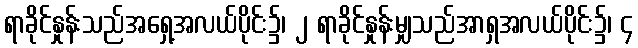
ရာခိုင်နှုန်းသည်အရှေ့အလယ်ပိုင်း၌၊ ၂ ရာခိုင်နှုန်းမျှသည်အာရှအလယ်ပိုင်း၌၊ ၄